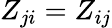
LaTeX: Z_{ji}=Z_{ij}